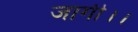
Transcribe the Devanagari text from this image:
जागी।।